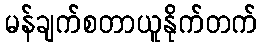
မန်ချက်စတာယူနိုက်တက်